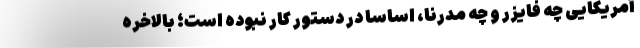
آمریکایی چه فایزر و چه مدرنا، اساساً در دستور کار نبوده است؛ بالاخره